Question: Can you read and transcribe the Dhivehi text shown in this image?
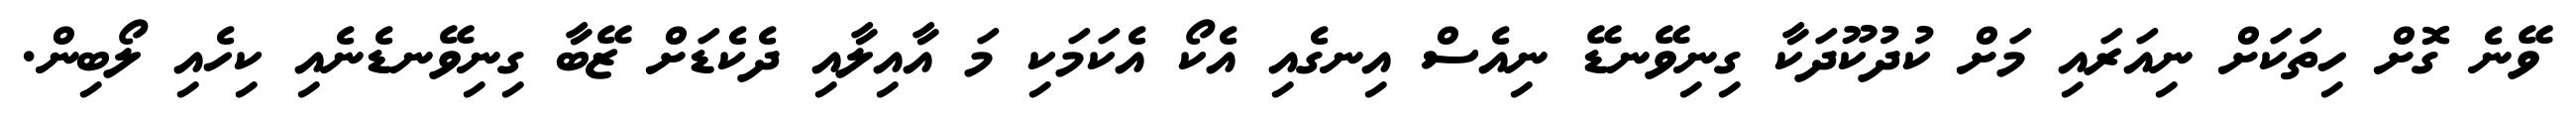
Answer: ވޭނެ ގޮށް ހިތަކަށް ނިއަރައި މަށް ކުދުކޫދަކާ ގިނިވޭނޑޭ ނިއެސް އިނގެއި އެކޯ އެކަމަކި މަ އާއިލާއި ދެކެޑަށް ޒޭބާ ގިނިވޭނޑެނެއި ކިހެއި ލޯބިން.